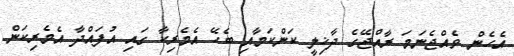
އެހެން ވެއްޖެނަމަ ރާއްޖޭގެ ދާޚިލީ ކަންކަމާއި ބެހޭ އެމެރިކާ ގައި އުފައްދާ އެމެރިކަން